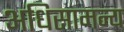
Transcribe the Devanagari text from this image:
अधिसामन्य